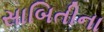
સાબિતીના